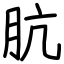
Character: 肮